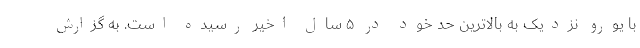
با یورو نزدیک به بالاترین حد خود در ۵ سال اخیر رسیده است. به گزارش